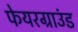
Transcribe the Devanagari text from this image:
फेयरग्राउंड